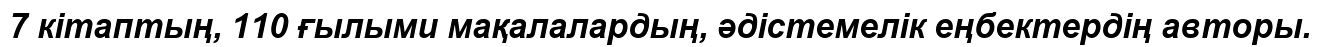
7 кітаптың, 110 ғылыми мақалалардың, әдістемелік еңбектердің авторы.